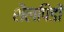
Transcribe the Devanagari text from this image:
शैलपिंडों